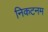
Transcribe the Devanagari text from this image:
निकटनम